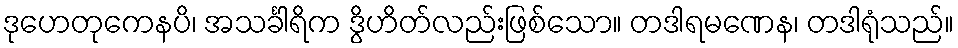
ဒုဟေတုကေနပိ၊ အသင်္ခါရိက ဒွိဟိတ်လည်းဖြစ်သော။ တဒါရမဏေန၊ တဒါရုံသည်။